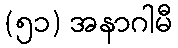
(၅၁) အနာဂါမီ